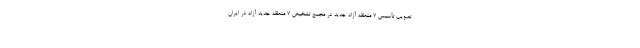
تصویب تأسیس ۷ منطقه آزاد جدید در مجمع تشخیص 7 منطقه جدید آزاد در ایران